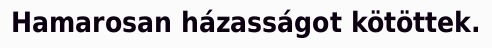
Hamarosan házasságot kötöttek.